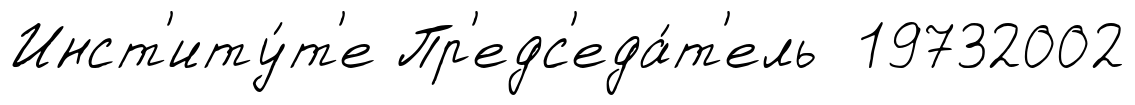
Инст'иту́т'е Пр'едс'еда́т'ель 19732002